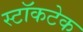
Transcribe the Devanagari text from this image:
स्टॉकटेक